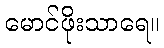
မောင်ဖိုးသာရေ။